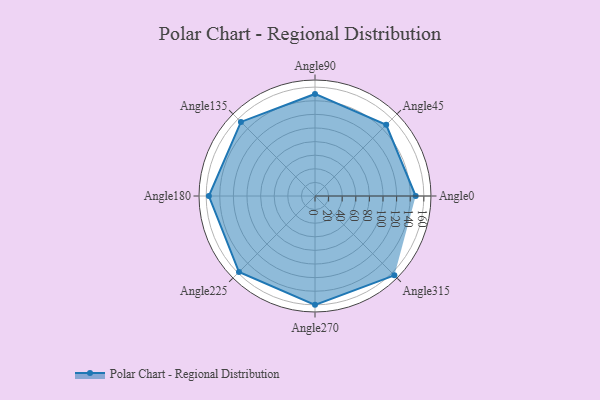
{"axis": {"x": "Angle", "y": "Radius"}, "legend": [""], "data": [{"x": "Angle0", "y": 148.0, "type": ""}, {"x": "Angle45", "y": 148.0, "type": ""}, {"x": "Angle90", "y": 150.0, "type": ""}, {"x": "Angle135", "y": 154.0, "type": ""}, {"x": "Angle180", "y": 156.0, "type": ""}, {"x": "Angle225", "y": 158.0, "type": ""}, {"x": "Angle270", "y": 160.0, "type": ""}, {"x": "Angle315", "y": 165.0, "type": ""}]}